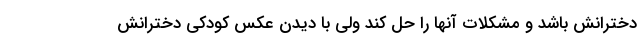
دخترانش باشد و مشکلات آنها را حل کند ولی با دیدن عکس کودکی دخترانش